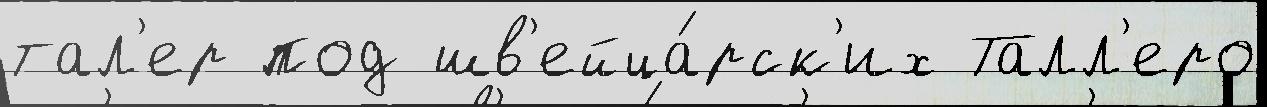
тал'ер под шв'ейца́рск'их Талл'еро